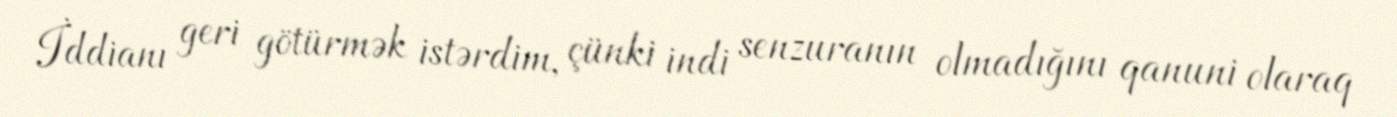
İddianı geri götürmək istərdim, çünki indi senzuranın olmadığını qanuni olaraq